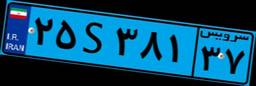
۲۵S۳۸۱۳۷